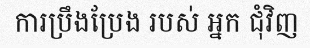
ការប្រឹងប្រែង របស់ អ្នក ជុំវិញ